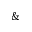
\&